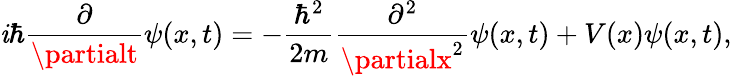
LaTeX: \mathit{i}\hbar{\frac{{\partial}}{{\partialt}}}\psi(x,t)=-{\frac{{\hbar^{2}}}{{2m}}}{\frac{{\partial^{2}}}{{\partialx^{2}}}}\psi(x,t)+V(x)\psi(x,t),